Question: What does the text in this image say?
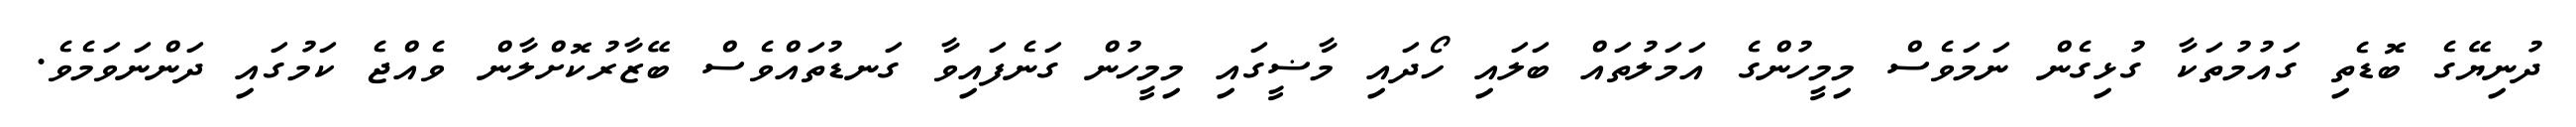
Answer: ދުނިޔޭގެ ބޮޑެތި ގައުމުތަކާ ގުޅިގެން ނަމަވެސް މިމީހުންގެ އަމަލުތައް ބަލައި ހޯދައި މާޟީގައި މިމީހުން ގަނެފައިވާ ގަނޑުތައްވެސް ބޭޒާރުކޮށްލާން ވެއްޖެ ކަމުގައި ދަންނަވަމެވެ.